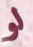
لو